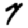
Digit: 7